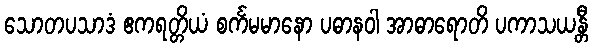
သောတပသာဒံ ဧကရတ္တိယံ စင်္ကမမာနော ပဓာနဝါ အာဓာရောတိ ပကာသယန္တီ